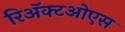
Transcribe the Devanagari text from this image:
रिअॅक्टओएस